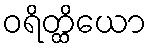
ဝရိတ္ထိယော